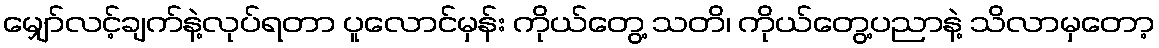
မျှော်လင့်ချက်နဲ့လုပ်ရတာ ပူလောင်မှန်း ကိုယ်တွေ့ သတိ၊ ကိုယ်တွေ့ပညာနဲ့ သိလာမှတော့